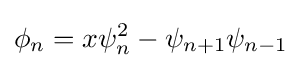
\phi _{n}=x\psi _{n}^{2}-\psi _{n+1}\psi _{n-1}